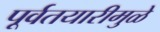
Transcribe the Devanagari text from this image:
पूर्वतयारीमुळे